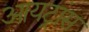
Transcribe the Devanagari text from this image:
आयट्रांस